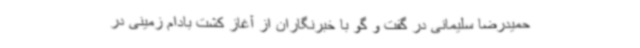
حمیدرضا سلیمانی در گفت و گو با خبرنگاران از آغاز کشت بادام زمینی در